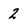
Character: 2